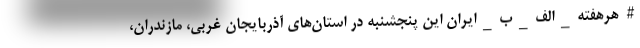
#هرهفته_الف_ب_ایران این پنجشنبه در استان‌های آذربایجان غربی، مازندران،